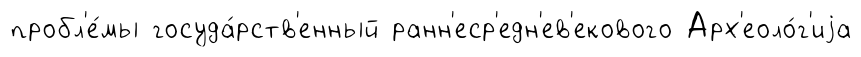
пробл'е́мы госуда́рств'енный ранн'еср'едн'ев'екового Арх'еоло́г'иjа